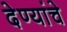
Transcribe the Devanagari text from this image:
देण्यांचे